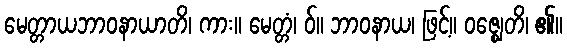
မေတ္တာယဘာဝနာယာတိ၊ ကား။ မေတ္တံ၊ ဝ်။ ဘာဝနာယ၊ ဖြင့်။ ဝဇ္ဈေတိ၊ ၏။